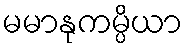
မမာနုကမ္ပိယာ